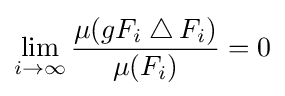
\lim _{i\to \infty }{\frac {\mu (gF_{i}\mathbin {\triangle } F_{i})}{\mu (F_{i})}}=0